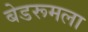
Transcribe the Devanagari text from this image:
बेडरूमला